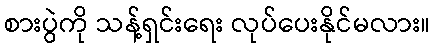
စားပွဲကို သန့်ရှင်းရေး လုပ်ပေးနိုင်မလား။